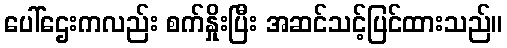
ပေါ်ဌေးကလည်း စက်နှိုးပြီး အဆင်သင့်ပြင်ထားသည်။